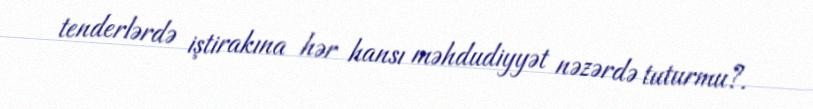
tenderlərdə iştirakına hər hansı məhdudiyyət nəzərdə tuturmu?.